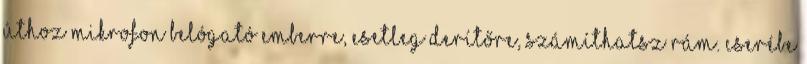
úthoz mikrofon belógató emberre, esetleg derítőre, számíthatsz rám. Cserébe